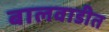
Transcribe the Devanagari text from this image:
बालवाडीत